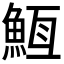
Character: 𮫵